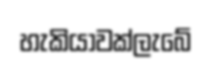
හැකියාවක්ලැබේ